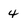
Character: 4